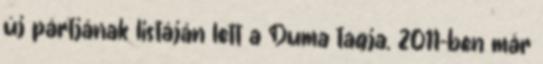
új pártjának listáján lett a Duma tagja. 2011-ben már